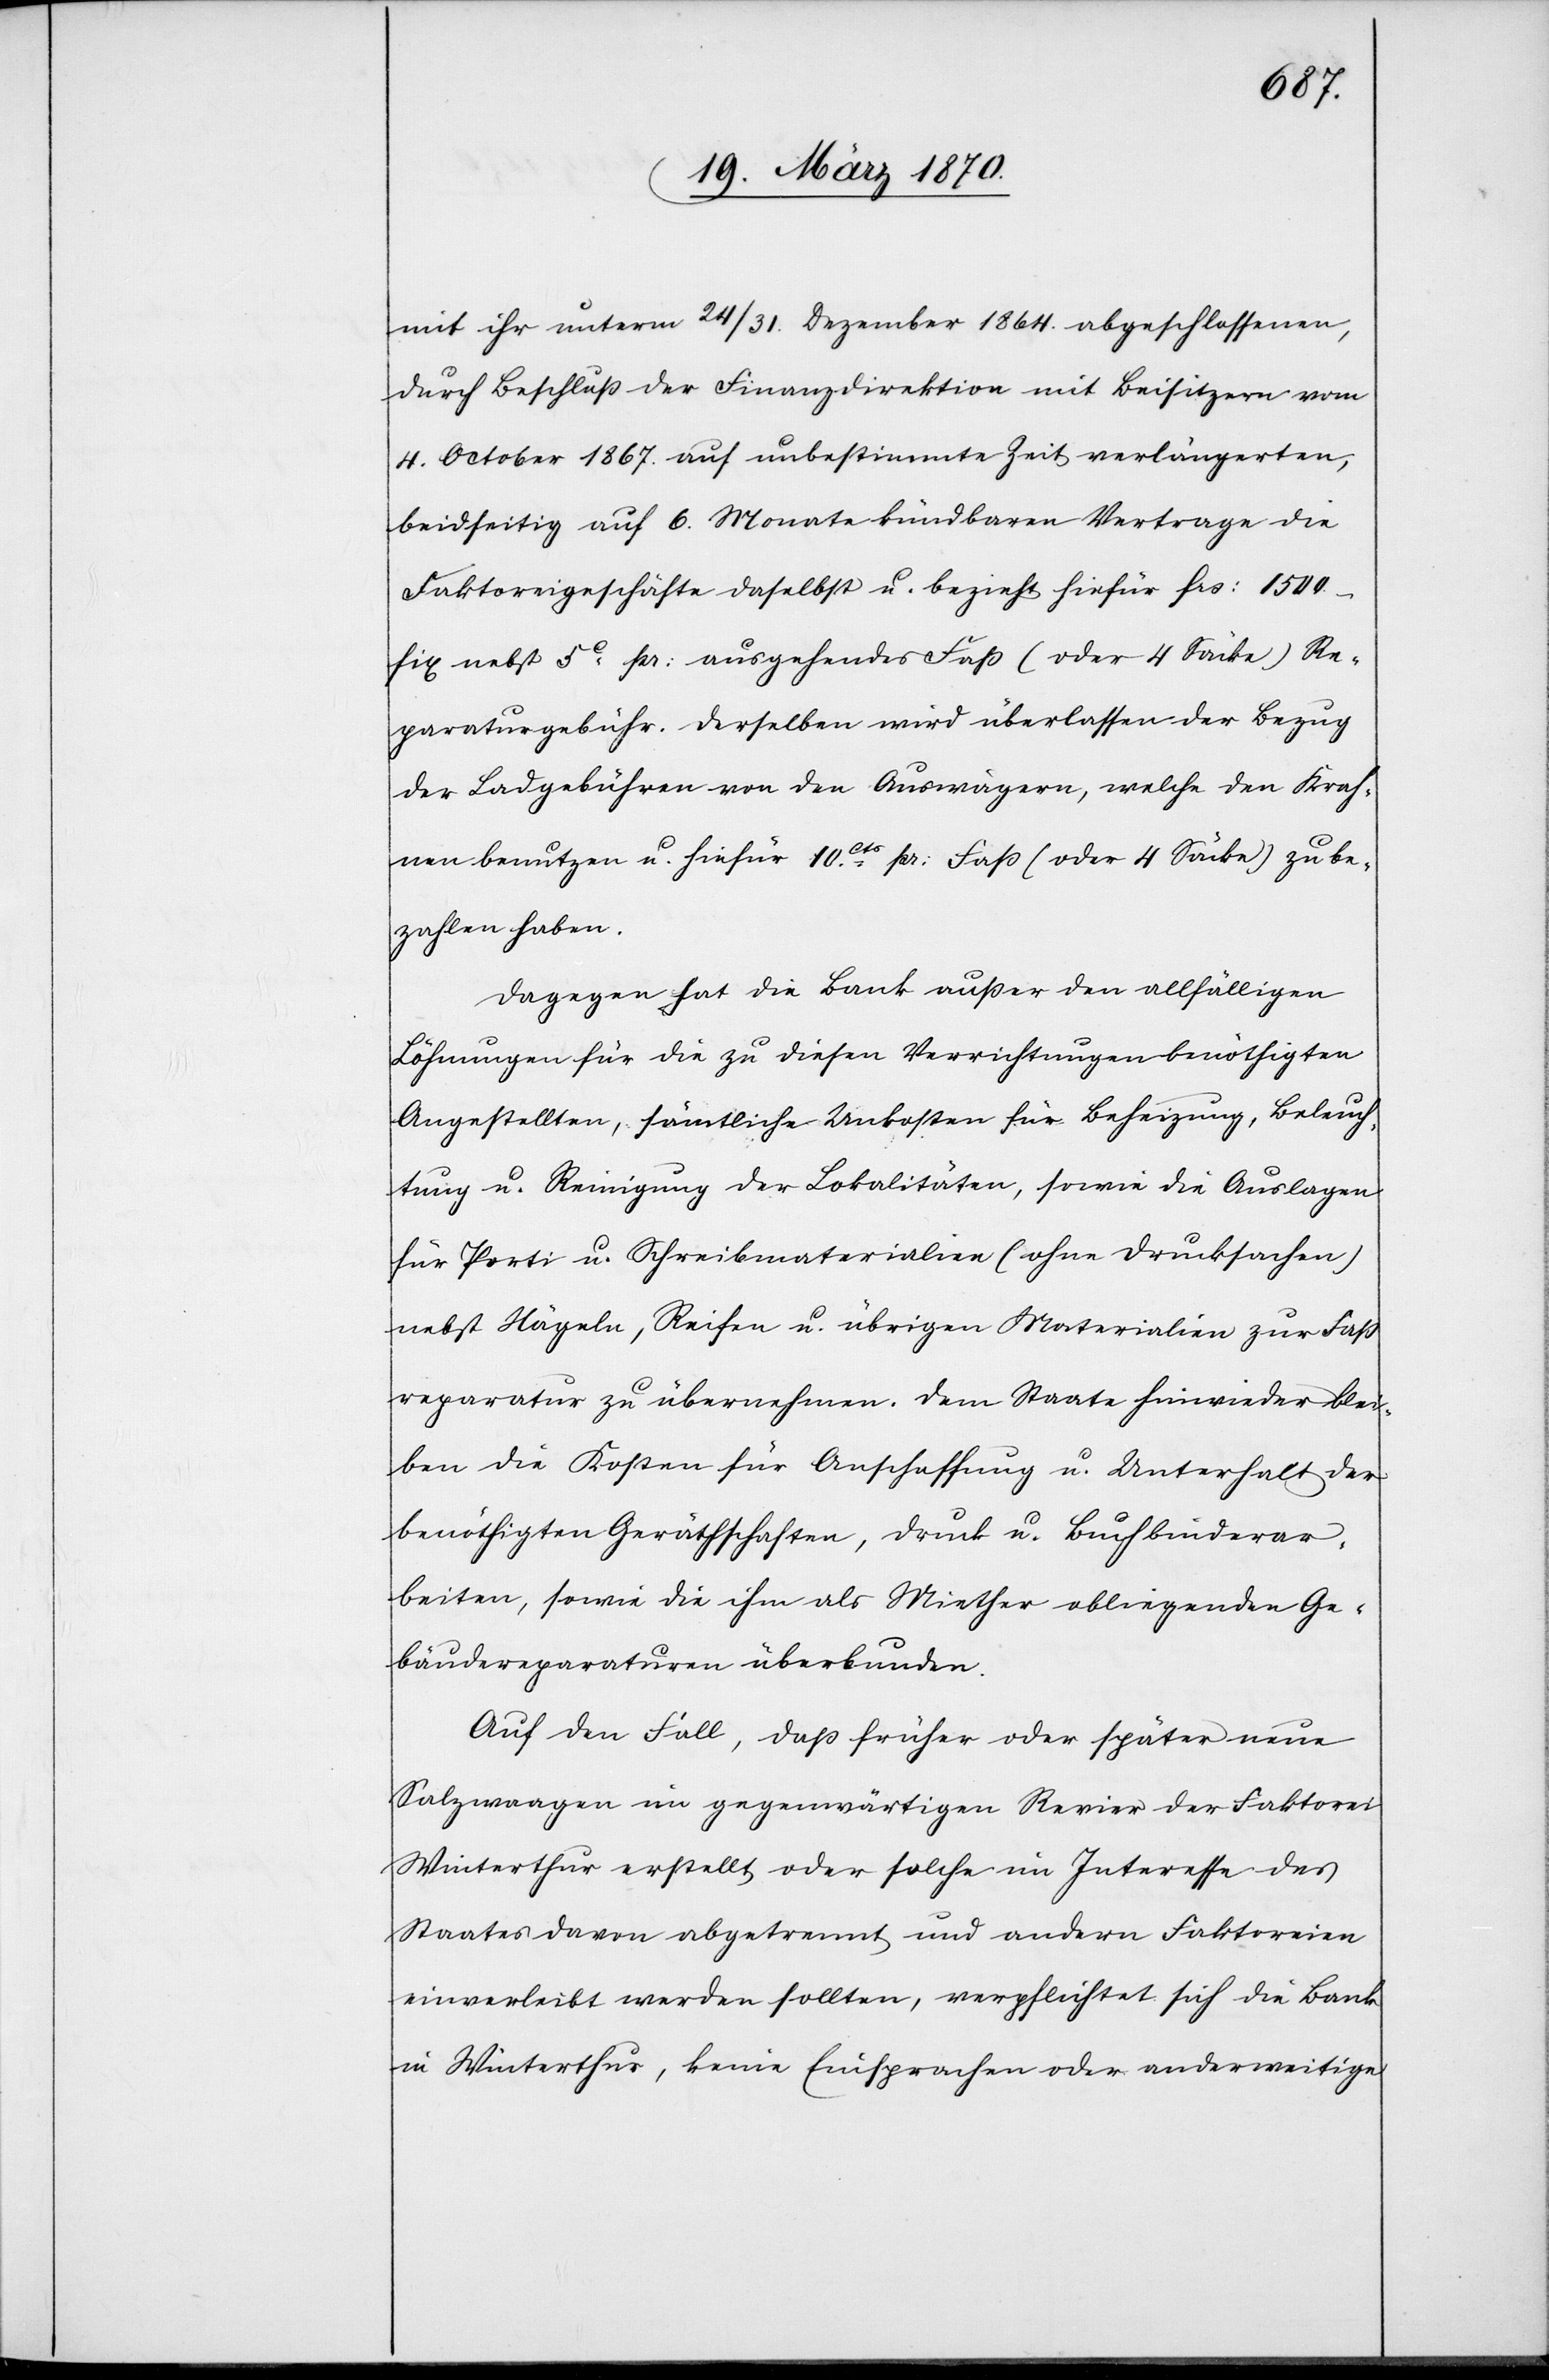
mit ihr unterm 24/31. Dezember 1864. abgeschlossenen,
durch Beschluß der Finanzdirektion mit Beisitzern vom
4. October 1867. auf unbestimmte Zeit verlängerten,
beidseitig auf 6. Monate kündbaren Vertrage die
Faktoreigeschäfte daselbst u. bezieht hiefür frs: 1500.
fix nebst 5c pr: ausgehendes Faß (oder 4 Säcke) Re¬
paraturgebühr. Derselben wird überlassen der Bezug
der Ladgebühren von den Auswägern, welche den Krah¬
nen benutzen u. hiefür 10cts. pr: Faß (oder 4 Säcke) zu be¬
zahlen haben.
Dagegen hat die Bank außer den allfälligen
Löhnungen für die zu diesen Verrichtungen benöthigten
Angestellten, sämtliche Unkosten für Beheizung, Beleuch¬
tung u. Reinigung der Lokalitäten, sowie die Auslagen
für Porti u. Schreibmaterialien (ohne Drucksachen)
nebst Nägeln, Reifen u. übrigen Materialien zur Faß¬
reparatur zu übernehmen. Dem Staate hinwieder blei¬
ben die Kosten für Anschaffung u. Unterhalt der
benöthigten Geräthschaften, Druck u. Buchbinderar¬
beiten, sowie die ihm als Miether obliegenden Ge¬
bäudereparaturen überbunden.
Auf den Fall, daß früher oder später neue
Salzwaagen im gegenwärtigen Revier der Faktorei
Winterthur erstellt oder solche im Interesse des
Staates davon abgetrennt und andern Faktoreien
einverleibt werden sollten, verpflichtet sich die Bank
in Winterthur, keine Einsprachen oder anderweitige